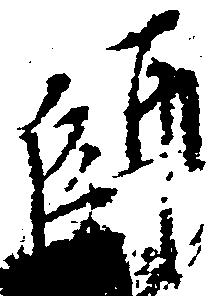
師